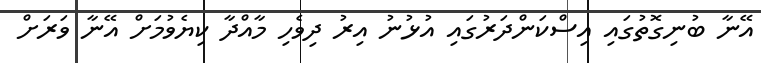
އޭނާ ބުނިގޮތުގައި އިސްކަންދަރުގައި އުޅުނު އިރު ދިވެހި މާއްދާ ކިޔެވުމަށް އޭނާ ވަރަށް